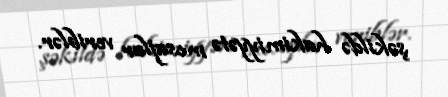
şəkildə hakimiyyətə mesajlar veriblər.